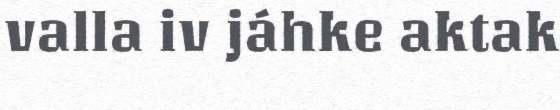
valla iv jáhke aktak